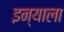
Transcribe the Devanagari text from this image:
इन्याला